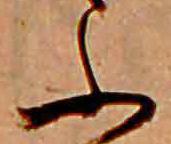
ふ